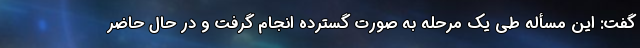
گفت: این مسأله طی یک مرحله به صورت گسترده انجام گرفت و در حال حاضر